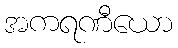
အကရဏီယော